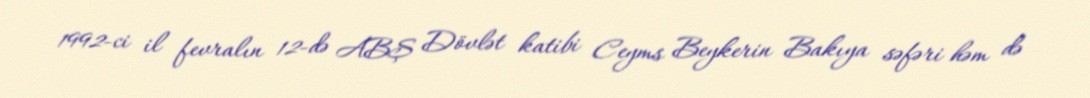
1992-ci il fevralın 12-də ABŞ Dövlət katibi Ceyms Beykerin Bakıya səfəri həm də